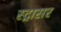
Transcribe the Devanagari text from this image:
स्ट्रासर